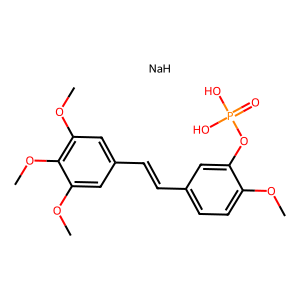
SMILES: COc1ccc(C=Cc2cc(OC)c(OC)c(OC)c2)cc1OP(=O)(O)O.[NaH]
Inhibits HIV replication: No